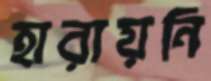
হারায়নি